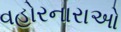
વહોરનારાઓ